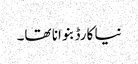
نیا کارڈ بنوانا تھا۔